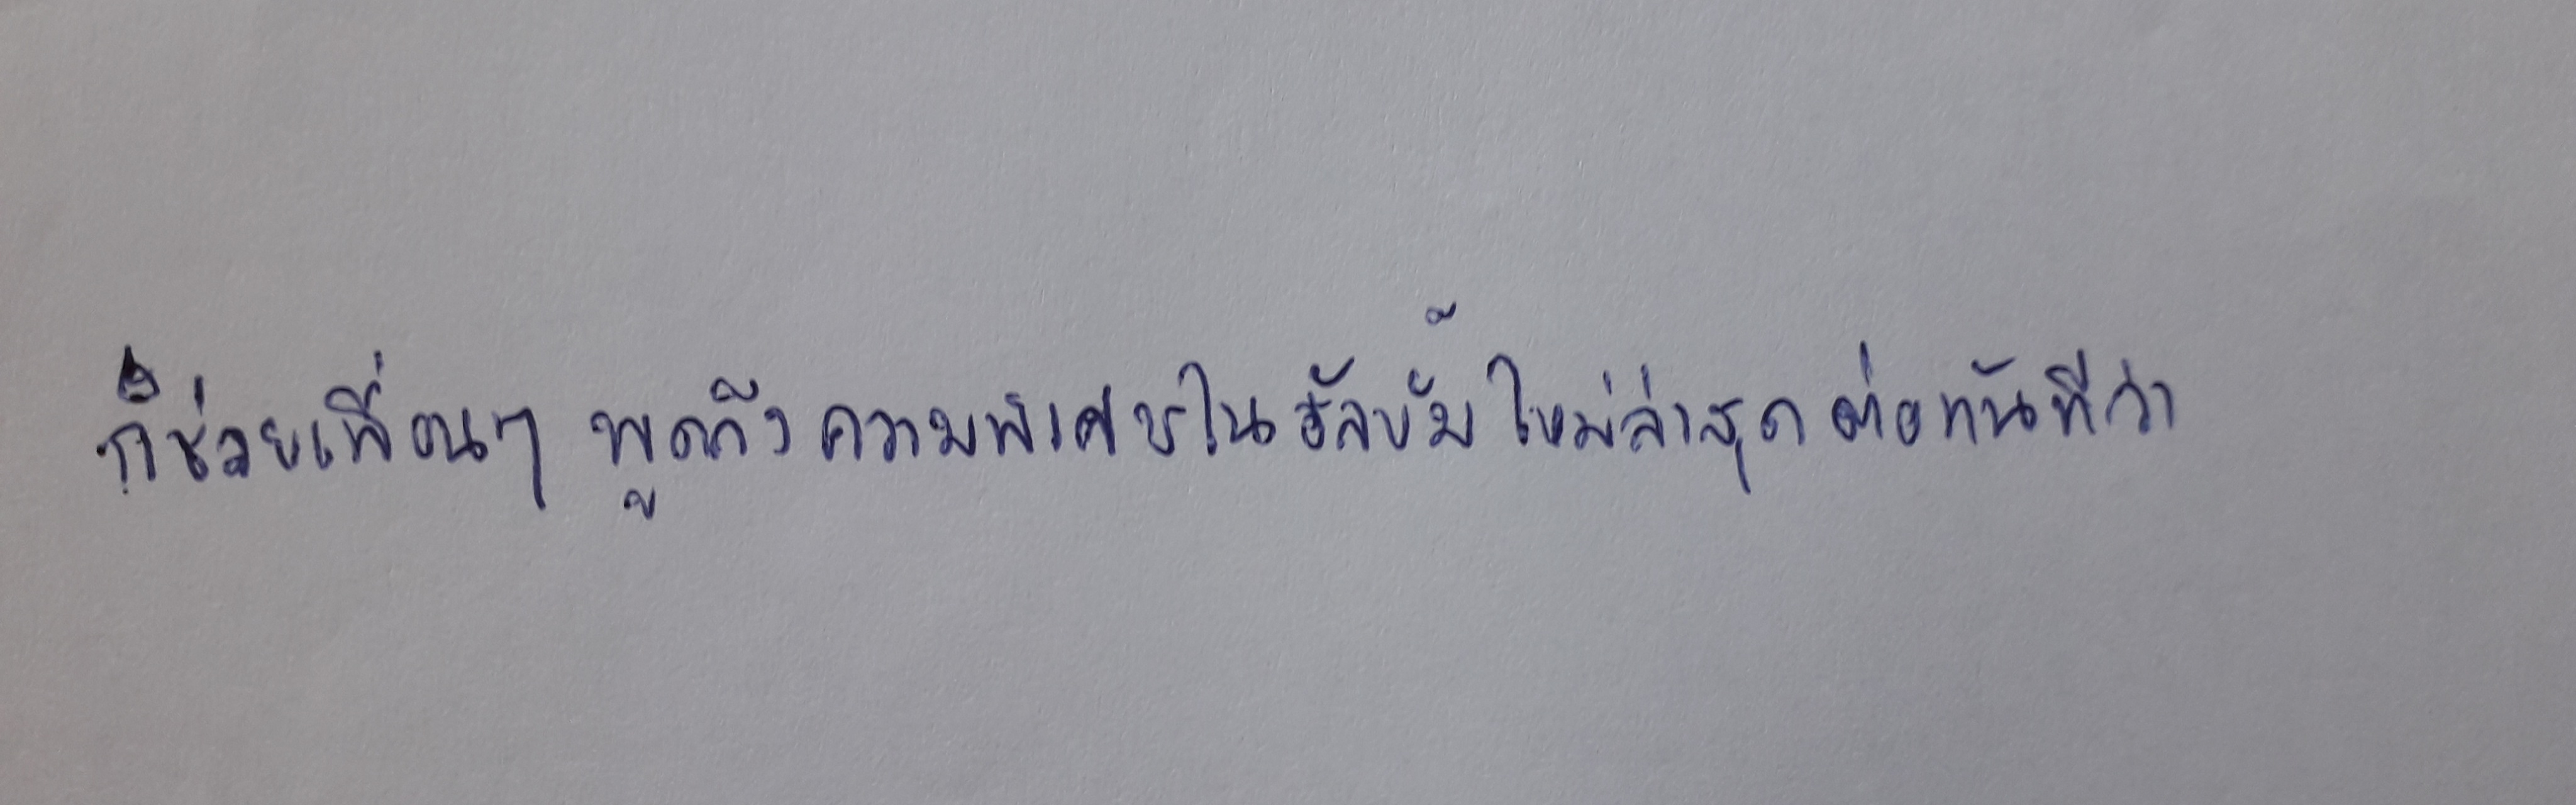
ก็ช่วยเพื่อนๆพูดถึงความพิเศษในอัลบั้มใหม่ล่าสุดต่อทันทีว่า